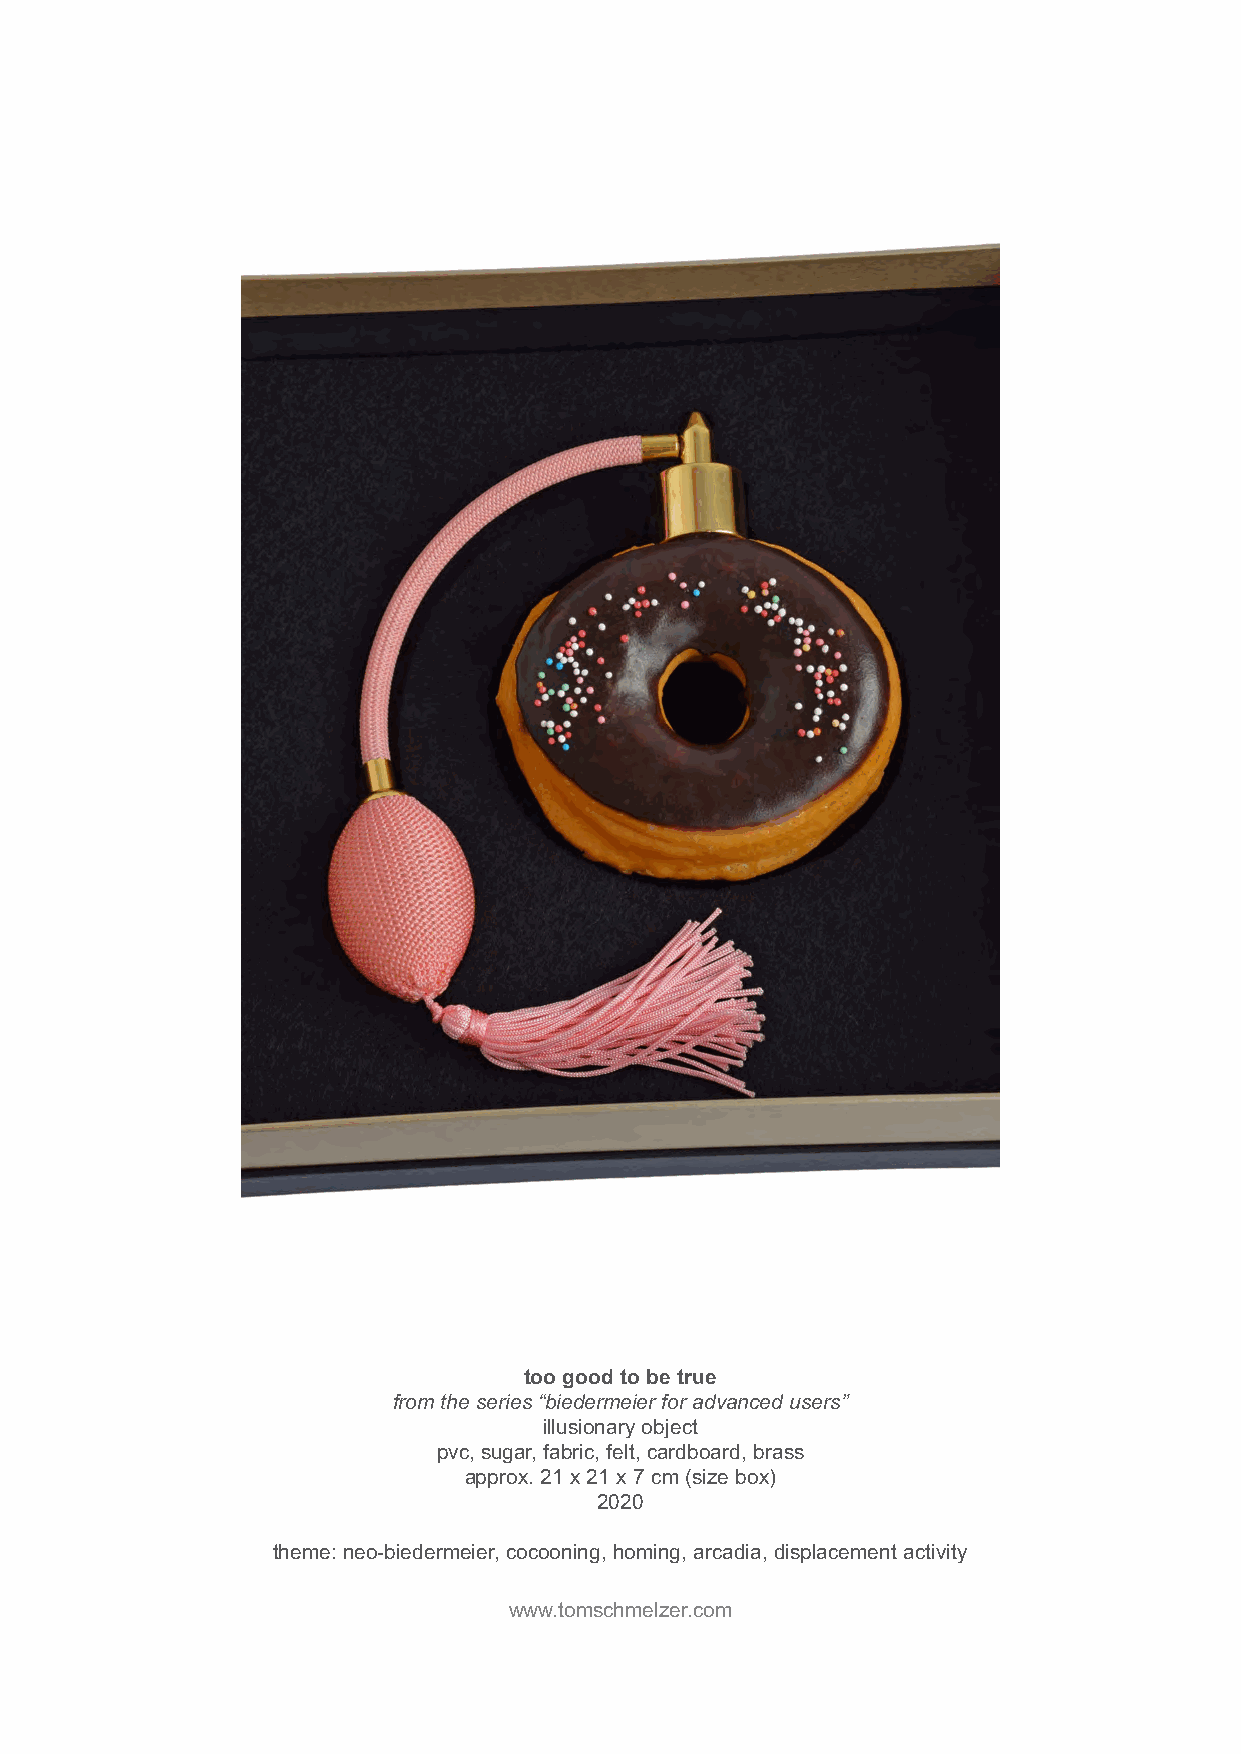
too good to be true
 from the series “biedermeier for advanced users”
 illusionary object
 pvc, sugar, fabric, felt, cardboard, brass
 approx. 21 x 21 x 7 cm (size box)
 2020
 theme: neo-biedermeier, cocooning, homing, arcadia, displacement activity
 www.tomschmelzer.com